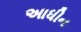
અાધીન